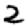
Digit: 2